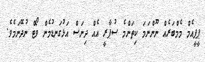
ޕީޕީއެމް މެމްބަރެއް ނޫންނަމަ ކިތަންމެ ސުޕާރީ އެއް ދިނަސް އަޅުގަނޑުމެން ވޯޓް ނުދޭނަމެވެ.